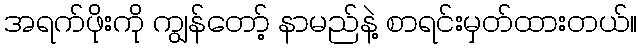
အရက်ဖိုးကို ကျွန်တော့် နာမည်နဲ့ စာရင်းမှတ်ထားတယ်။